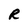
Character: R